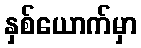
နှစ်ယောက်မှာ